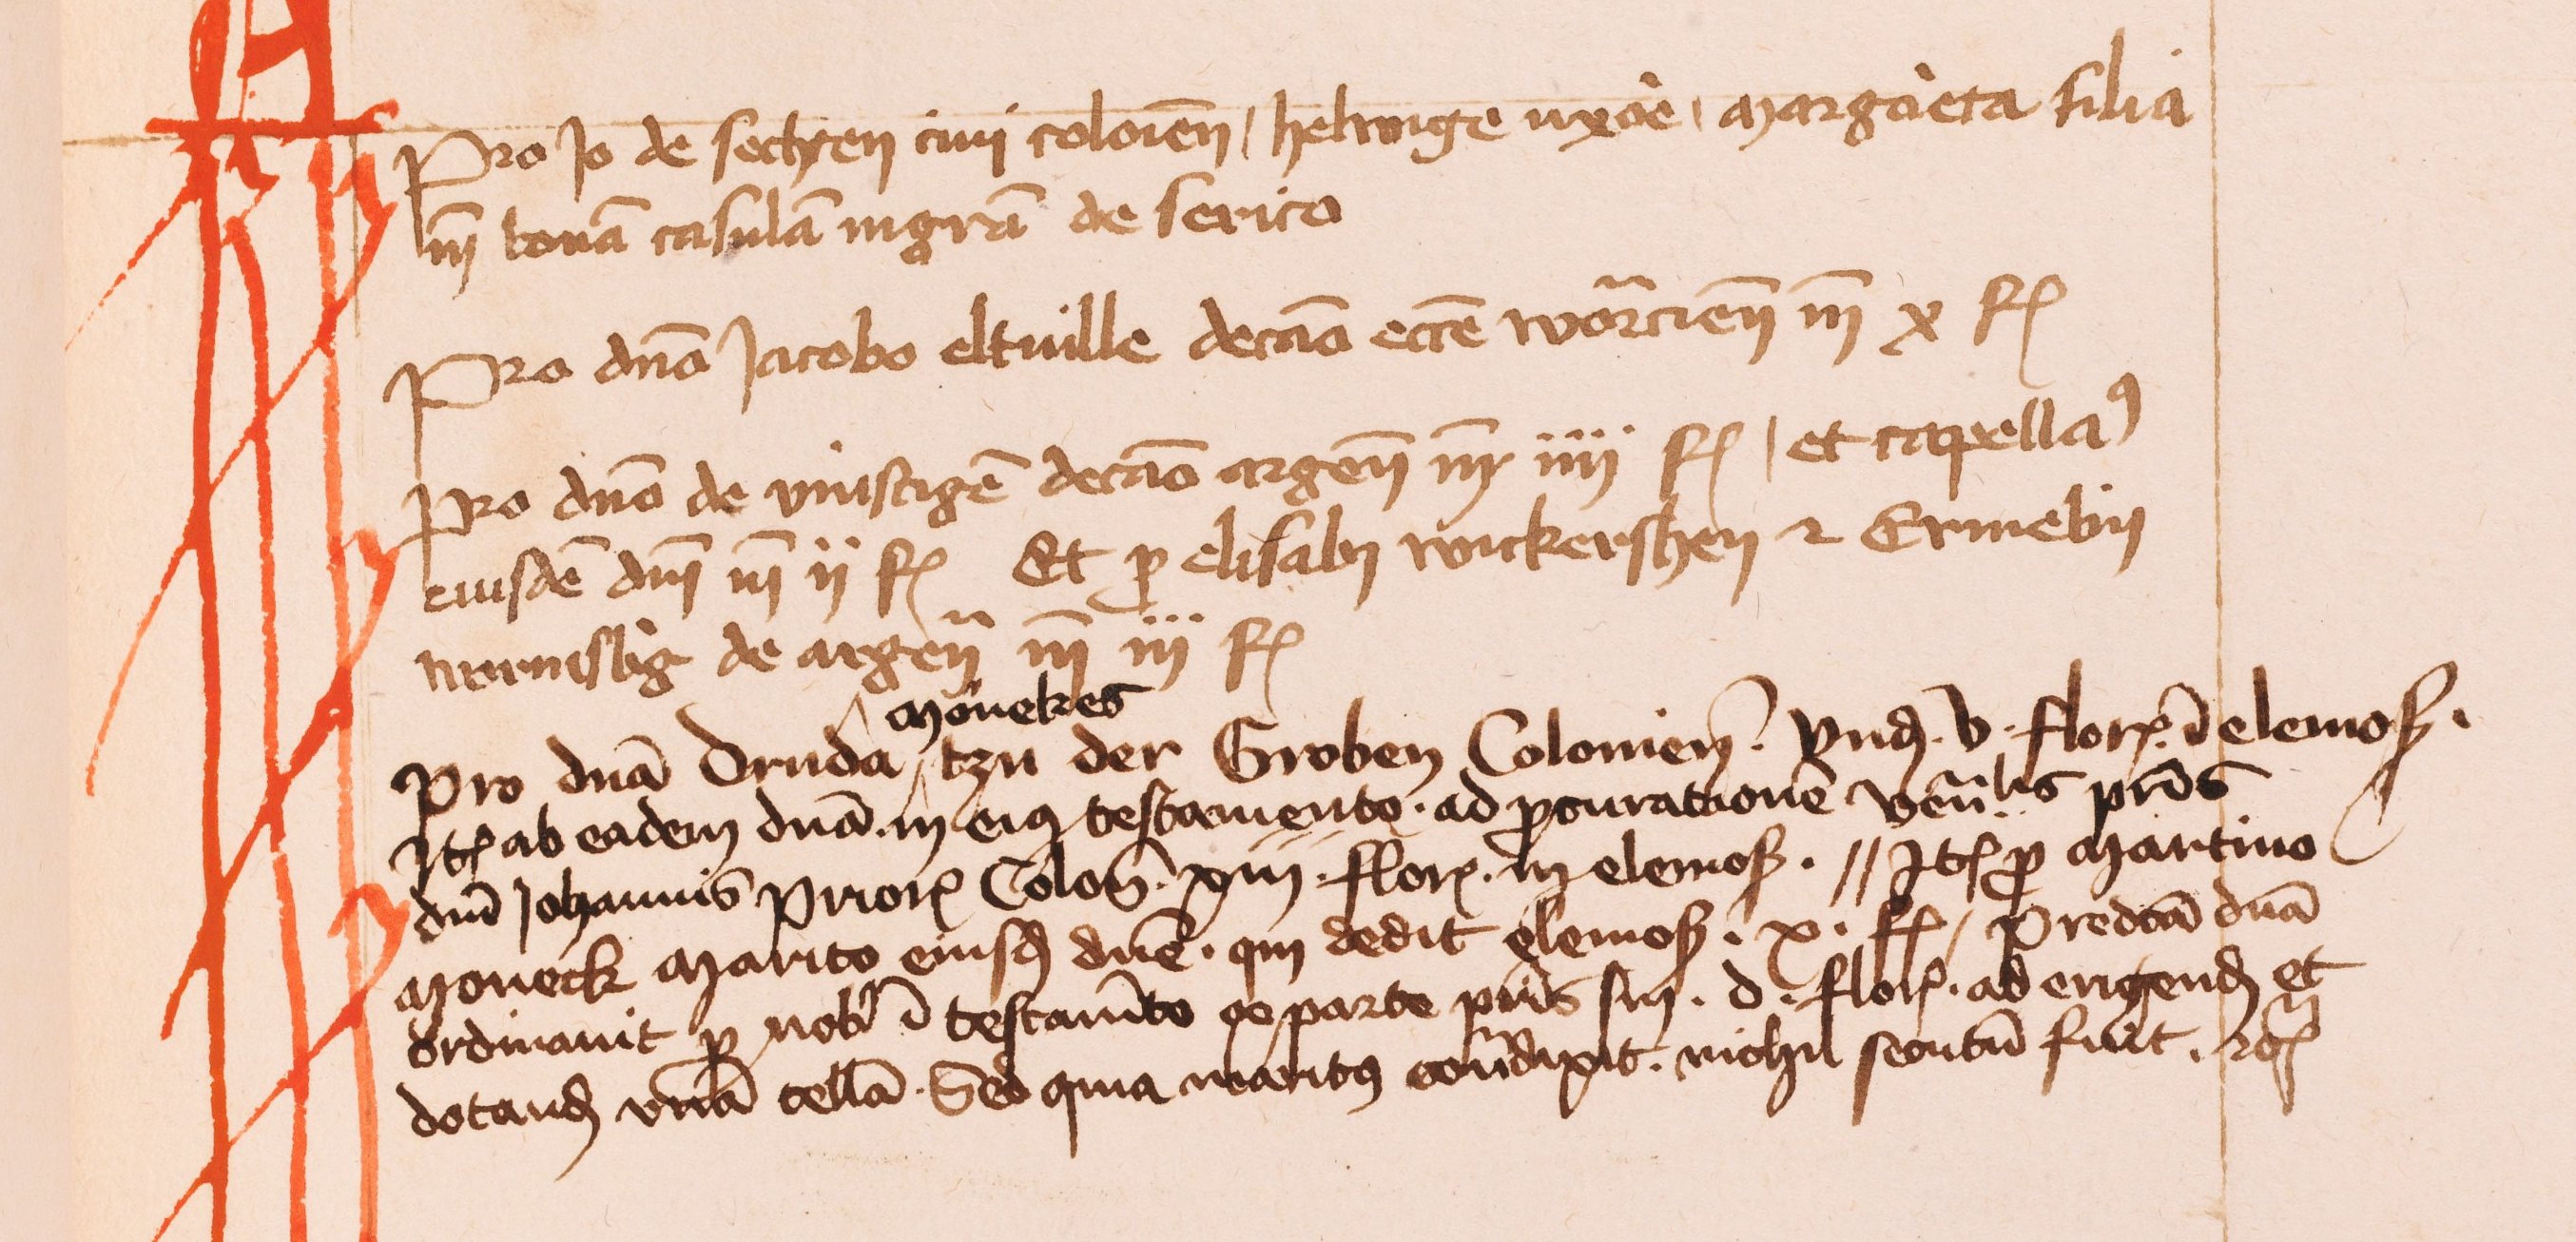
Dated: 1430–1520